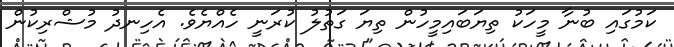
ކަމުގައި ބުނާ މީހަކު ތިޔަބައިމީހުން ތިޔަ ގަތުލު ކުރަނީ ހެއްޔެވެ. އެހިނދު މުޝްރިކުން